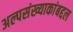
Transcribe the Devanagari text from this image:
अल्पसंख्याकांबद्दल